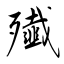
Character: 殱